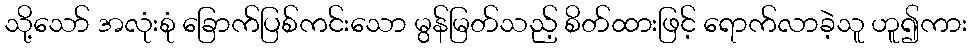
သို့သော် အလုံးစုံ ခြောက်ပြစ်ကင်းသော မွန်မြတ်သည့် စိတ်ထားဖြင့် ရောက်လာခဲ့သူ ဟူ၍ကား